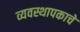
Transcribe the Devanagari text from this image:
व्यवस्थापकाचे